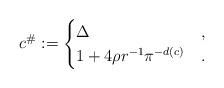
LaTeX: \begin{align*}c^{\#}:=\begin{cases}\Delta &, \\1+4\rho r^{-1}\pi^{-d(c)} &.\end{cases}\end{align*}